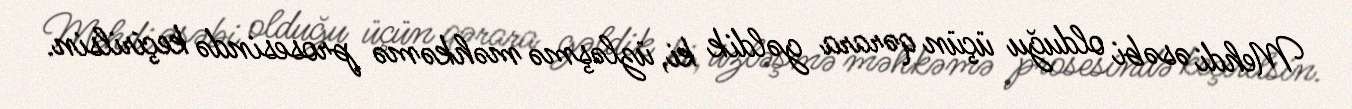
Mehdi əsəbi olduğu üçün qərara gəldik ki, üzləşmə məhkəmə prosesində keçirilsin.